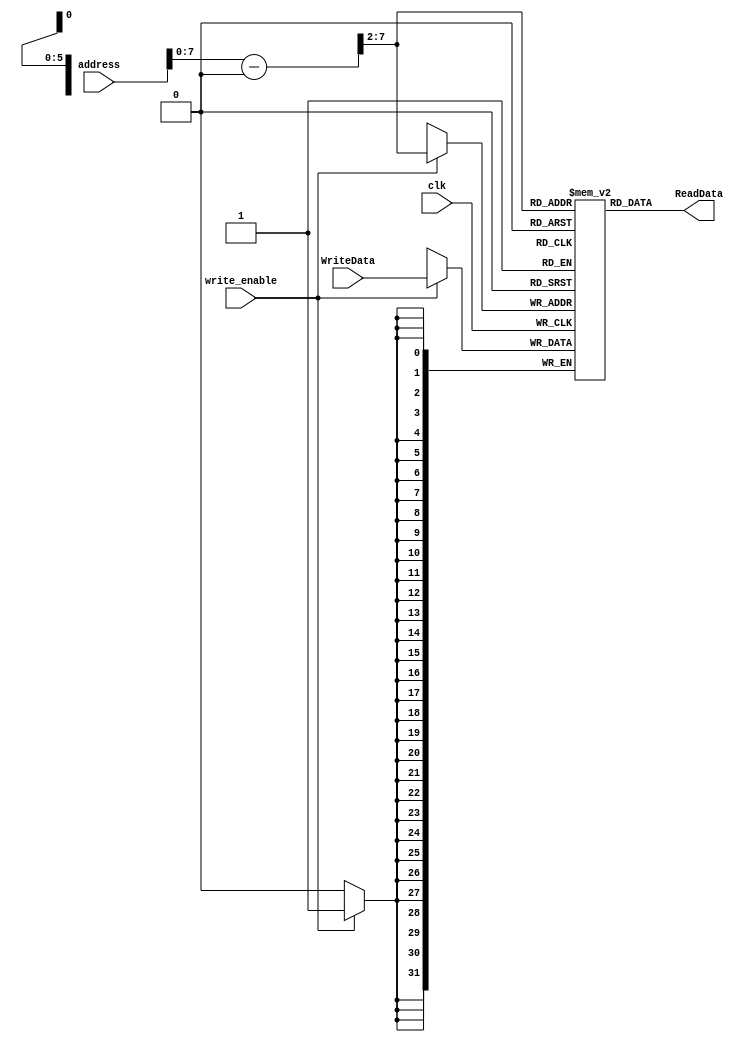
module single_port_ram #(
	parameter DATA_WIDTH=32,
	parameter MEMORY_DEPTH = 64
)
(
	input write_enable,		//debo de escribir?
	input clk,
	input [DATA_WIDTH-1:0] WriteData,// que se va a escribir
	input [DATA_WIDTH-1:0]  address, //donde se va a escribir
	
	output [DATA_WIDTH-1:0]  ReadData//esto es lo que escribi
	
);
	
	reg [DATA_WIDTH-1:0] ram[MEMORY_DEPTH-1:0];
	reg [DATA_WIDTH-1:0] ReadDataAux = 32'h1001_0000;

	always @ (posedge clk)
	begin
		// Write
		if (write_enable)
			ram[(address-ReadDataAux) >> 2] <= WriteData;
	end
	
	assign ReadData = ram[(address-ReadDataAux) >> 2];

endmodule